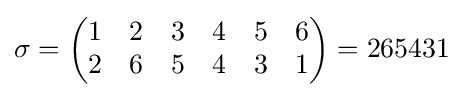
\sigma ={\begin{pmatrix}1&2&3&4&5&6\\2&6&5&4&3&1\end{pmatrix}}=265431